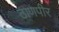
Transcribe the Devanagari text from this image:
ठाणपीर